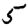
Digit: 5